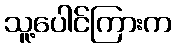
သူ့ပေါင်ကြားက